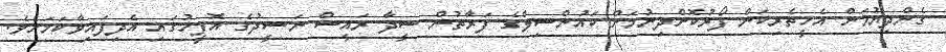
ގެންދިޔުމަށް އެހީތެރިކަން ފޯރުކޮށްދިނުމަށް ކައުންސިލްގެ ފަރާތުން ސީދާ ރައީސް ނަޝީދުގެ އޮފީހުގައި އެދިފައިވާކަމަށެވެ.